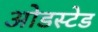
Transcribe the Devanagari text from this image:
ओडस्टेड